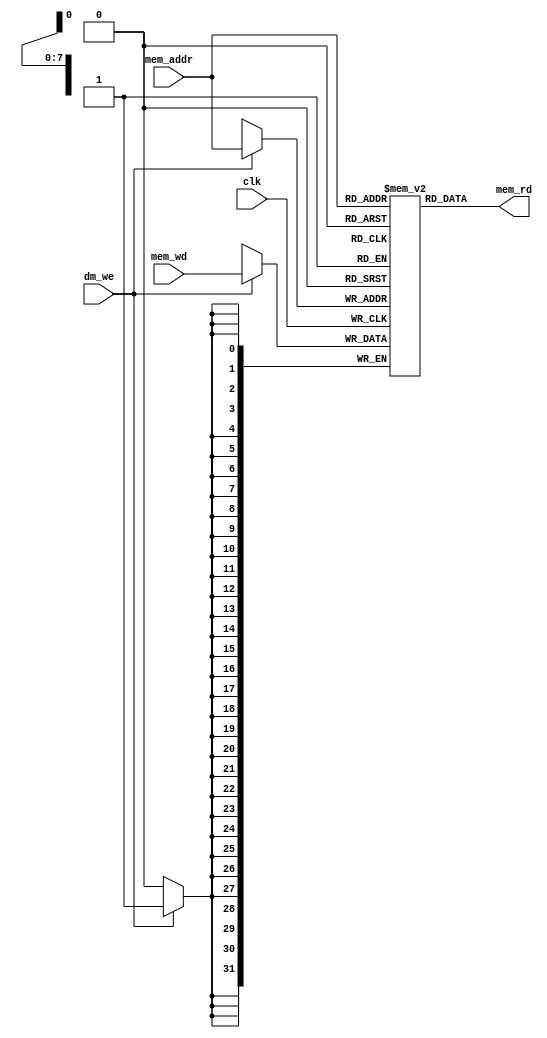
/////////
//DATA MEM
////////////
`timescale 1ps/1ps 

module DATA_MEM (
				output [31:0] mem_rd, 
				input clk , dm_we, 
				input [7:0] mem_addr, 
				input [31:0] mem_wd
);

	 reg [31:0] RAM [0:255];
/*************  READ OP *****************/
	 assign #100 mem_rd = RAM[mem_addr] ;
/***********  WRITE ********************/
	 always @ (posedge clk)
				begin
				if (dm_we) 
					RAM[mem_addr] <= #100 mem_wd;
					
					//else RAM[mem_addr] <= RAM[mem_addr]; 
				end

endmodule